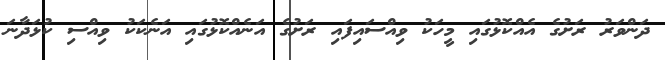
ދަންވަރު ރަށުގެ އެއްކޮޅުގައި މީހަކު ވިއްސައިފައި ރަށުގެ އަނެއްކޮޅުގައި އަނެކަކު ވިއްސި ކުޅަދާނަ